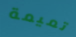
تميمة